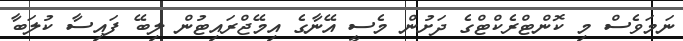
ނަމަވެސް މި ކޮންޓްރެކްޓްގެ ދަށުން މެސީ އޭނާގެ އިމޭޖްރައިޓުން ލިބޭ ފައިސާ ކުލަބާ